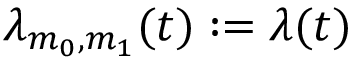
\lambda _ { m _ { 0 } , m _ { 1 } } ( t ) : = \lambda ( t )